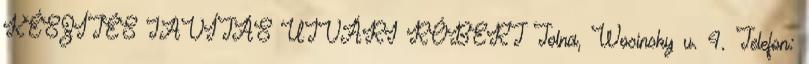
KÉSZÍTÉS JAVÍTÁS UJVÁRI RÓBERT Tolna, Wosinsky u. 4. Telefon: